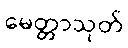
မေတ္တာသုတ်